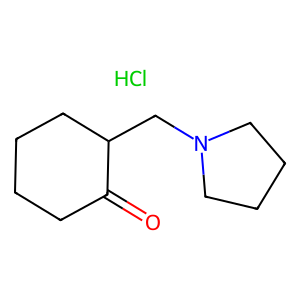
SMILES: Cl.O=C1CCCCC1CN1CCCC1
Inhibits HIV replication: No